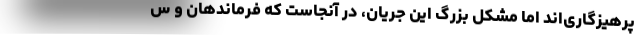
پرهیزگاری‌اند اما مشکل بزرگ این جریان، در آنجاست که فرماندهان و س